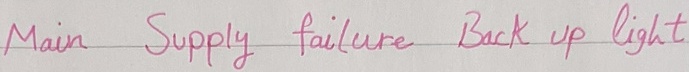
Text: Main Supply failure Back up light